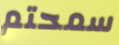
سمحتم